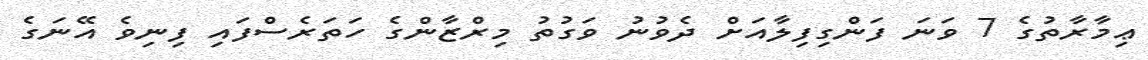
ޢިމާރާތުގެ 7 ވަނަ ފަންގިފިލާއަށް ދެވުނު ވަގުތު މިރްޒާންގެ ހަތަރެސްފައި ފިނިވެ އޭނަގެ